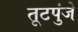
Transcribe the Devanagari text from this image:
तूटपुंजे